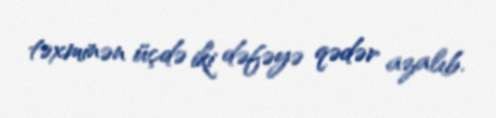
təxminən üçdə iki dəfəyə qədər azalıb.